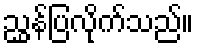
ညွှန်ပြလိုက်သည်။